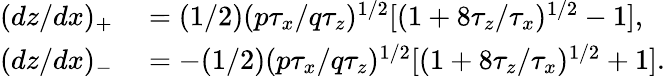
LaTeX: \begin{array}{rl}{(dz/dx)_{+}}&{{}=(1/2)(p\tau_{x}/q\tau_{z})^{1/2}[(1+8\tau_{z}/\tau_{x})^{1/2}-1],}\\ {(dz/dx)_{-}}&{{}=-(1/2)(p\tau_{x}/q\tau_{z})^{1/2}[(1+8\tau_{z}/\tau_{x})^{1/2}+1].}\end{array}